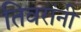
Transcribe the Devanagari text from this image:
तिवरांनी